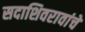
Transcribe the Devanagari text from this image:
सदाशिवरावांचे